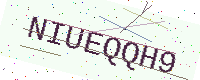
Text: NIUEQQH9